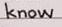
know